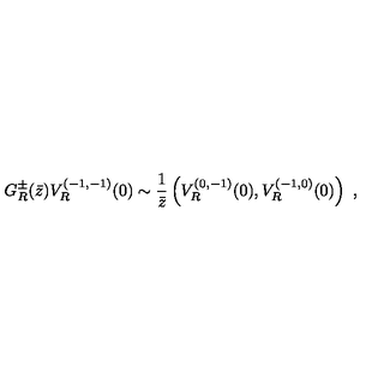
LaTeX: G _ { R } ^ { \pm } ( \bar { z } ) V _ { R } ^ { ( - 1 , - 1 ) } ( 0 ) \sim { \frac { 1 } { \bar { z } } } \left( V _ { R } ^ { ( 0 , - 1 ) } ( 0 ) , V _ { R } ^ { ( - 1 , 0 ) } ( 0 ) \right) \ ,